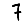
Digit: 7